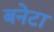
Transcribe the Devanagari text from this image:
बनेटा